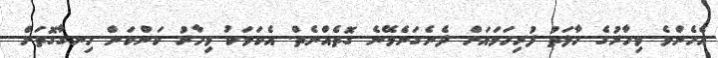
އެހެންވެ މިހާރުގެ ހާލަތު ފުރިހަމައަށް ދެނެގަނެވޭނެ ގޮތެއްނެތް. އެކަމަކު މިހާރު ކަންކަން ހިނގާގޮތަށް